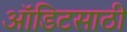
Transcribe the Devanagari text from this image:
ऑडिटसाठी